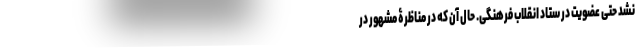
نشد حتی عضویت در ستاد انقلاب فرهنگی. حال آن که در مناظرۀ مشهور در